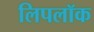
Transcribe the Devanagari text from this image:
लिपलॉक